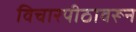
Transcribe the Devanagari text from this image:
विचारपीठावरून